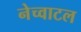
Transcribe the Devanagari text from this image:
नेच्वाटल